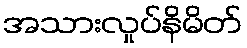
အသားလှုပ်နိမိတ်